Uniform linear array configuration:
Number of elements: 24
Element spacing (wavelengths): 0.25
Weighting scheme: hamming
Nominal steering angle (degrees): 60
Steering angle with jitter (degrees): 59.759
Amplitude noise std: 0.05
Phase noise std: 0.05

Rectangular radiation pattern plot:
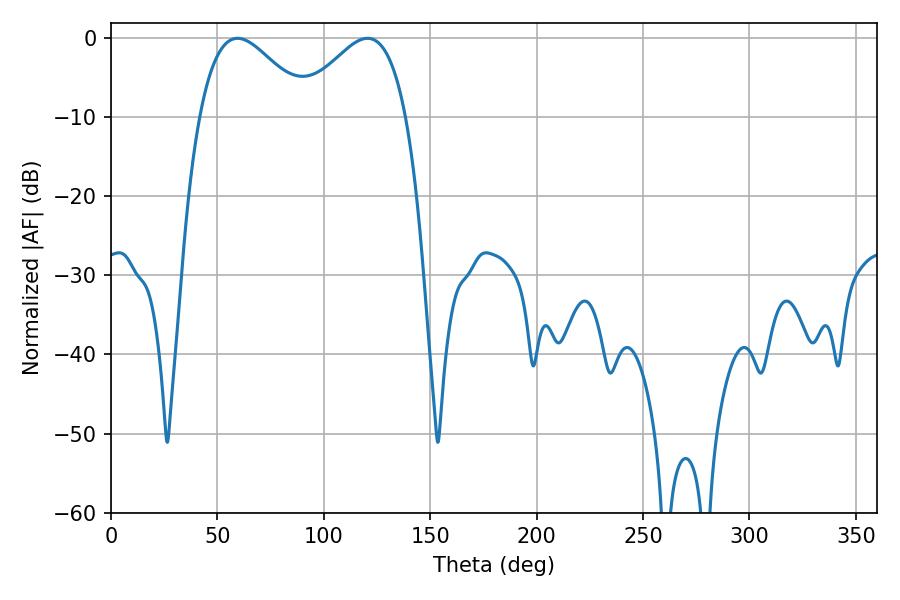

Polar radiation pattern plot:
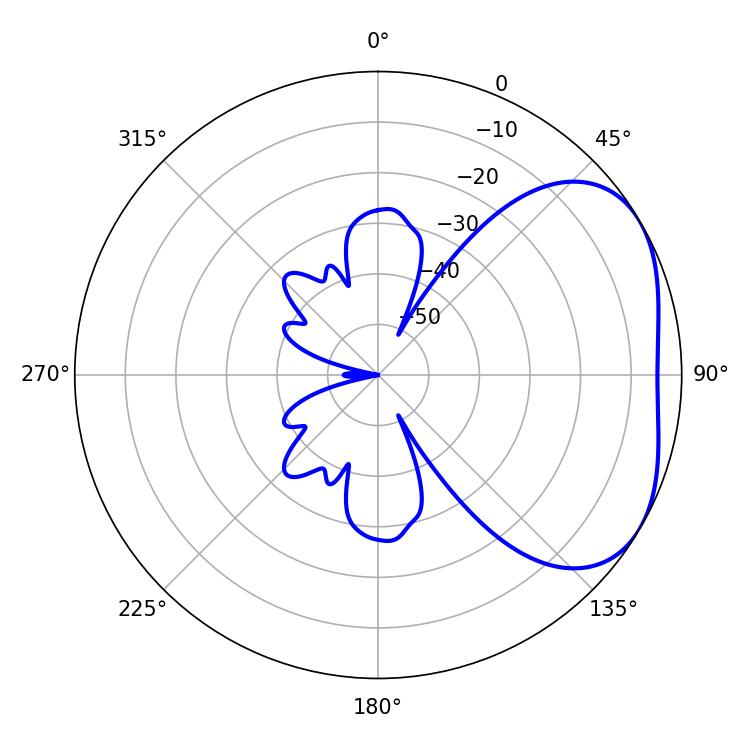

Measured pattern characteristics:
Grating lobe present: FALSE
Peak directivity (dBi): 3.421
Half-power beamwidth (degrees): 27.54
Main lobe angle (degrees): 59.4